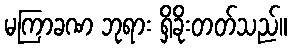
မကြာခဏ ဘုရား ရှိခိုးတတ်သည်။